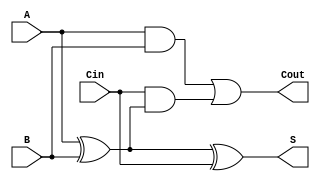
module full_adder (
    input wire A,      // First input bit
    input wire B,      // Second input bit
    input wire Cin,    // Carry-in bit
    output wire S,     // Sum output
    output wire Cout   // Carry-out output
);

// Internal signals
wire A_xor_B;

// Calculate the sum output (S)
assign A_xor_B = A ^ B; // A XOR B
assign S = A_xor_B ^ Cin; // S = A XOR B XOR Cin

// Calculate the carry-out output (Cout)
assign Cout = (A & B) | (Cin & A_xor_B); // Cout = (A AND B) OR (Cin AND (A XOR B))

endmodule